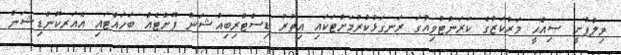
ވިލުފުށީ ޞިއްޙީ މަރުކަޒުގެ ކަރަންޓުވިއުގަ ރަނގަޅުކުރުމަށްޓަކައި އިތުރު ޑިސްޓްރިބިއުޝަން ފޮށްޓެއް ބަހައްޓައި އެއަރކޮންޑިޝަން